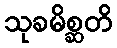
သုခမိစ္ဆတိ